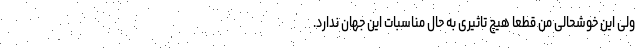
ولی این خوشحالی من قطعا هیچ تاثیری به حال مناسبات این جهان ندارد.